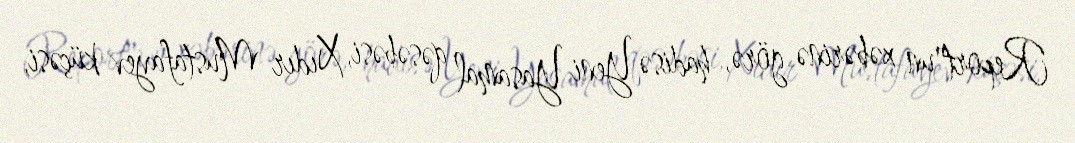
Report"un xəbərinə görə, hadisə Yeni Yasamal qəsəbəsi, Xıdır Mustafayev küçəsi,